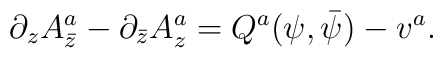
\partial_z A^a_{\bar z}-\partial_{\bar z}A^a_z=Q^a(\psi,\bar\psi)-v^a.